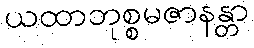
ယထာဘုစ္စမဇာနန္တာ